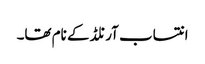
انتساب آرنلڈ کے نام تھا۔